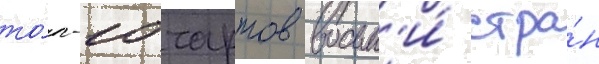
то́п-10 чартов восьм'и́ стра́н